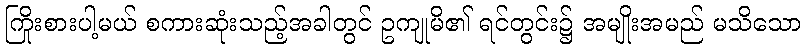
ကြိုးစားပါ့မယ် စကားဆုံးသည့်အခါတွင် ဥကျုမိ၏ ရင်တွင်း၌ အမျိုးအမည် မသိသော